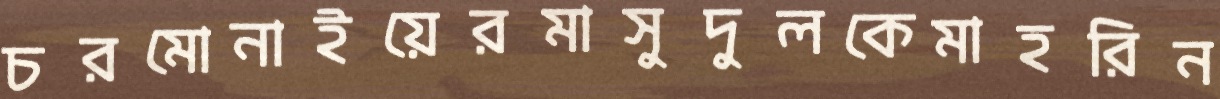
চরমোনাইয়েরমাসুদুলকেমাহরিন